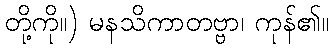
တို့ကို။) မနသိကာတဗ္ဗာ၊ ကုန်၏။